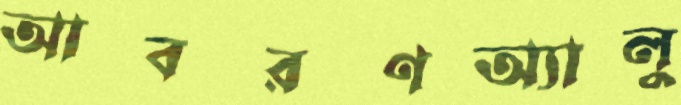
আবরণঅ্যালু